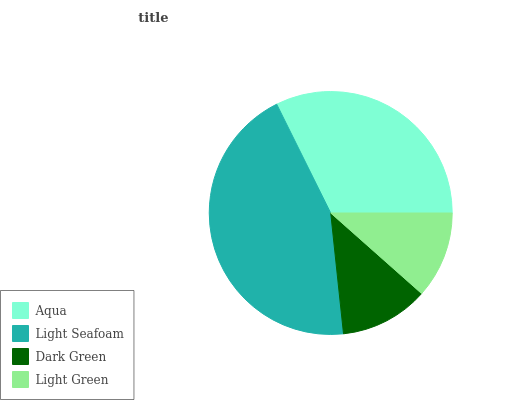
| Aqua | Light Seafoam | Dark Green | Light Green |
 | --- | --- | --- | --- |
 | 32.3% | 44.4% | 11.8% | 11.5% |